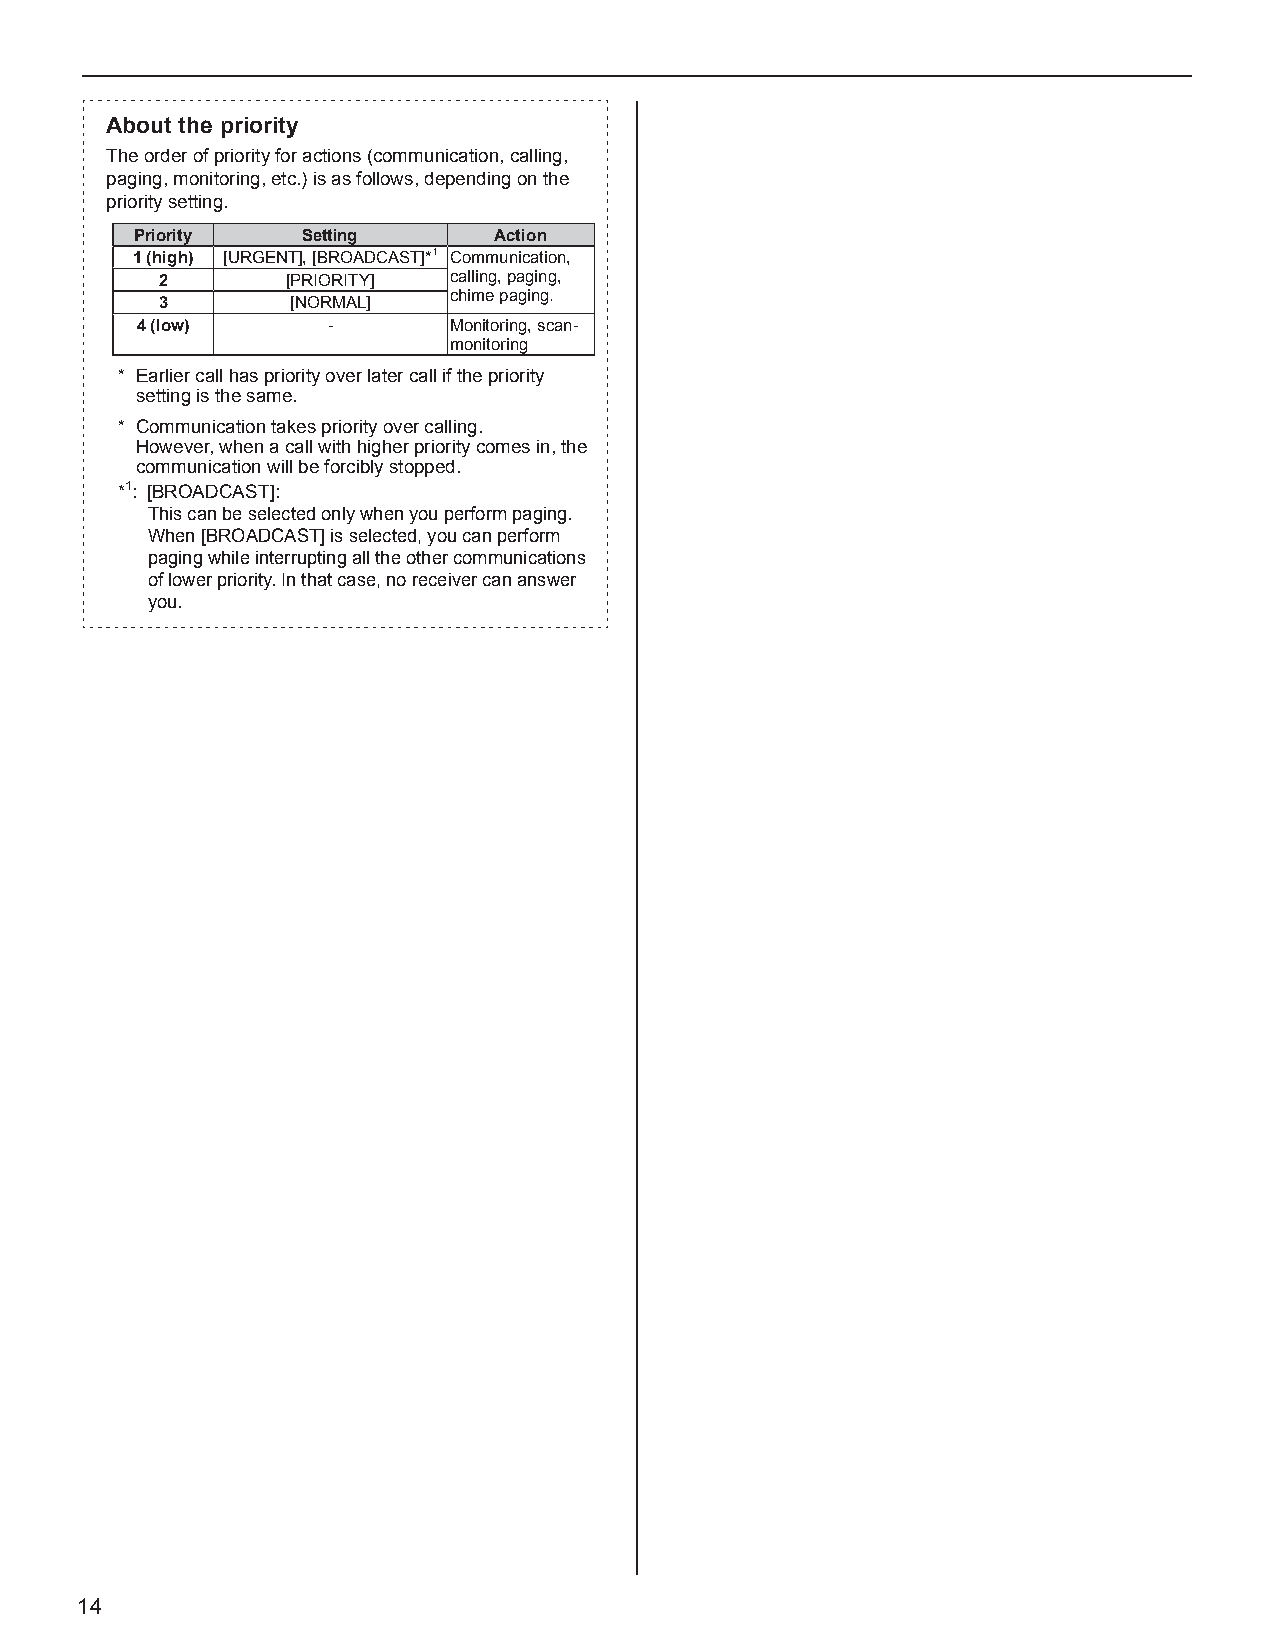
About the priority
 The order of priority for actions (communication, calling,
 paging, monitoring, etc.) is as follows, depending on the
 priority setting.
 Priority   Setting      Action
 1 (high) [URGENT], [BROADCAST]*1 Communication,
 2        [PRIORITY] calling, paging,
 chime paging.
 3        [NORMAL]
 4 (low)      -       Monitoring, scan-
 monitoring
 * Earlier call has priority over later call if the priority
 setting is the same.
 * Communication takes priority over calling.
 However, when a call with higher priority comes in, the
 communication will be forcibly stopped.
 *1: [BROADCAST]:
 This can be selected only when you perform paging.
 When [BROADCAST] is selected, you can perform
 paging while interrupting all the other communications
 of lower priority. In that case, no receiver can answer
 you.
 14